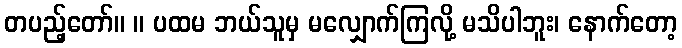
တပည့်တော်။ ။ ပထမ ဘယ်သူမှ မလျှောက်ကြလို့ မသိပါဘူး၊ နောက်တော့